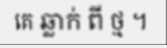
គេ ឆ្លាក់ ពី ថ្ម ។